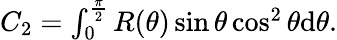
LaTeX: \begin{array}{r}{C_{2}=\int_{0}^{\frac{\pi}{2}}R(\theta)\sin\theta\cos^{2}\theta\mathrm{d}\theta.}\end{array}